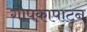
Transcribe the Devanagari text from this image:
गोपकापाटन